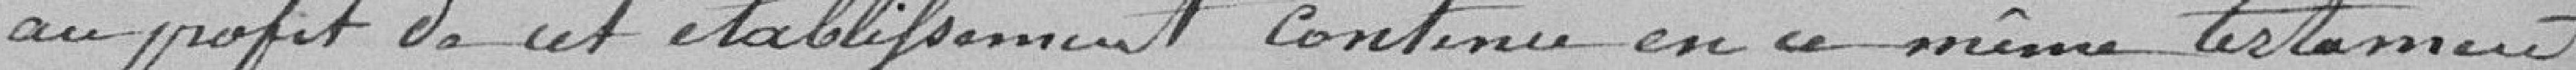
au profit de cet établissement continu en ce même testament